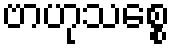
ဗာဟုသစ္စေ